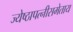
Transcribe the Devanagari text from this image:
ज्येष्ठापत्नीसमेताय